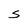
Character: S